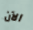
الآن